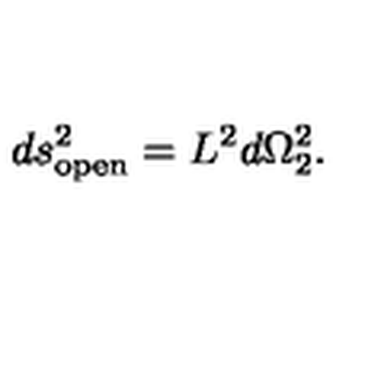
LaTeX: d s _ { \mathrm { o p e n } } ^ { 2 } = L _ { \vphantom 2 } ^ { 2 } d \Omega _ { 2 } ^ { 2 } .